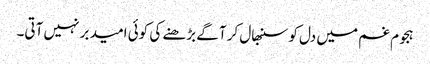
ہجوم غم میں دل کو سنبھال کر آگے بڑھنے کی کوئی امید بر نہیں آتی۔